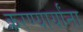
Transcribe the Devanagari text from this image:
करण्यार्यांना